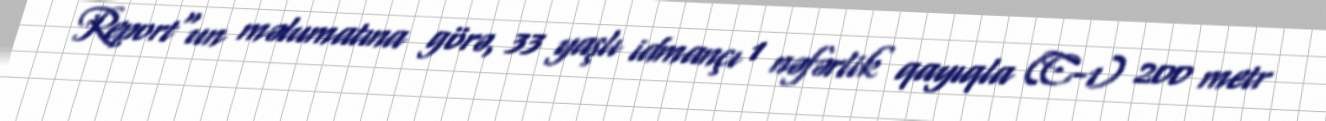
Report"un məlumatına görə, 33 yaşlı idmançı 1 nəfərlik qayıqla (C-1) 200 metr